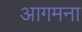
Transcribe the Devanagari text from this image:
आगमना